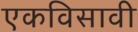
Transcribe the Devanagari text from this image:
एकविसावी